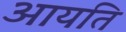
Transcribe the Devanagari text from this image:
आयति